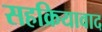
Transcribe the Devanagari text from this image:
सहक्रियावाद